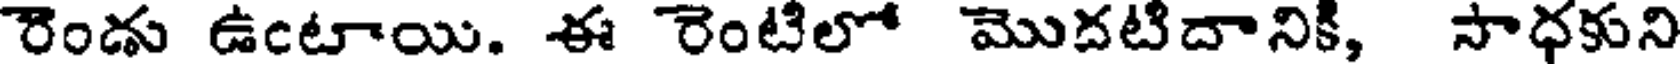
రెండు ఉంటాయి. ఈ రెంటిలో మొదటిదానికి, సాధకుని